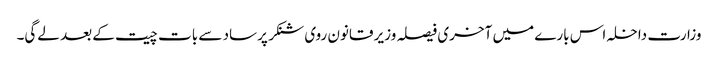
وزارت داخلہ اس بارے میں آخری فیصلہ وزیر قانون روی شنکر پرساد سے بات چیت کے بعد لے‌گی۔